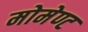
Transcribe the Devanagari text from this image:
मोमेण्ट